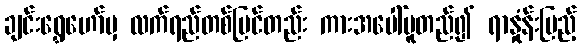
ချင်းရွှေဟော်မှ လက်ရည်တစ်ပြင်တည်း ကားအပေါ်မူတည်၍ ရာနှုံန်းပြည့်